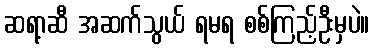
ဆရာ့ဆီ အဆက်သွယ် ရမရ စစ်ကြည့်ဦးမှပဲ။